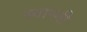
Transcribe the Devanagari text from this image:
स्वास्नी